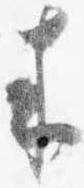
来